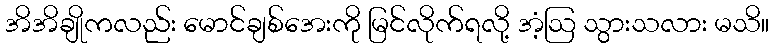
အိအိချိုကလည်း မောင်ချစ်အေးကို မြင်လိုက်ရလို့ အံ့ဩ သွားသလား မသိ။